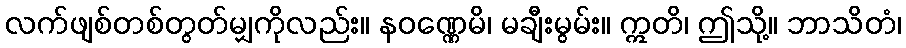
လက်ဖျစ်တစ်တွတ်မျှကိုလည်း။ နဝဏ္ဏေမိ၊ မချီးမွမ်း။ ဣတိ၊ ဤသို့။ ဘာသိတံ၊